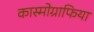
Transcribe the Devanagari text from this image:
कास्मोग्राफिया